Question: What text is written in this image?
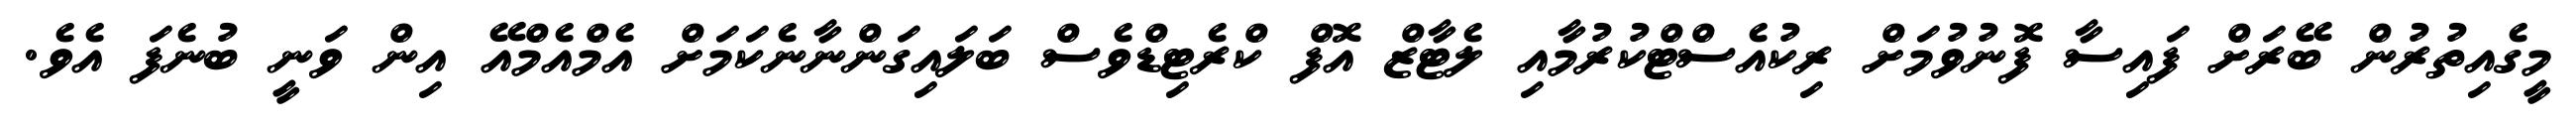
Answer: މީގެއިތުރުން ބޭރަށް ފައިސާ ފޮނުވުމަށް ރިކުއެސްޓްކުރުމާއި ލެޓާޒް އޮފް ކްރެޓިޑްވެސް ބަލައިގަންނާނެކަމަށް އެމްއެމްއޭ އިން ވަނީ ބުނެފަ އެވެ.